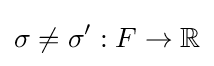
\sigma \neq \sigma ':F\to \mathbb {R}